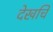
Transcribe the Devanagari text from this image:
देखचि